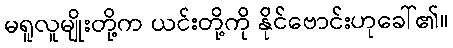
မရူလူမျိုးတို့က ယင်းတို့ကို နိုင်ဗောင်းဟုခေါ်၏။